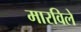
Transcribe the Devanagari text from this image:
मारविले